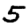
Digit: 5